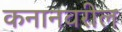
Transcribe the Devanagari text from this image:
कनानवरील